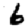
Digit: 6